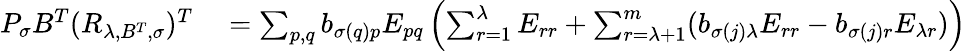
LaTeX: \begin{array}{rl}{P_{\sigma}B^{T}(R_{\lambda,B^{T},\sigma})^{T}}&{{}=\sum_{p,q}b_{\sigma(q)p}E_{pq}\left(\sum_{r=1}^{\lambda}E_{rr}+\sum_{r=\lambda+1}^{m}(b_{\sigma(j)\lambda}E_{rr}-b_{\sigma(j)r}E_{\lambda r})\right)}\end{array}